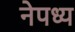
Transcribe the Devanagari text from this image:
नेपध्य